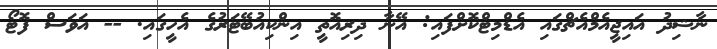
ނާޝިދު އައިޖީއެމްއެޗްގައި އެޑްމިޓްކޮށްފައި: އޭނާ ދިރިއޮތީ އިންކިއުބޭޓަރުގެ އެހީގައި. -- އަވަސް ފޮޓޯ